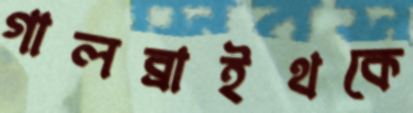
গালব্রাইথকে